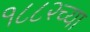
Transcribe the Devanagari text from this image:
१८८२च्या